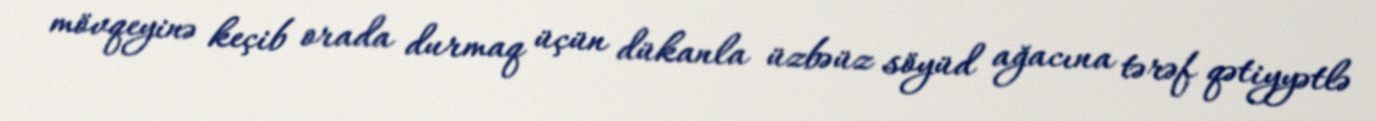
mövqeyinə keçib orada durmaq üçün dükanla üzbəüz söyüd ağacına tərəf qətiyyətlə